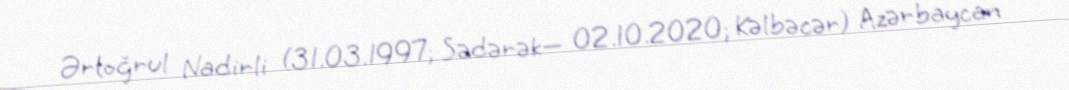
Ərtoğrul Nadirli (31.03.1997; Sədərək— 02.10.2020; Kəlbəcər) Azərbaycan